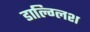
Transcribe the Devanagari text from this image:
डाल्ग्लिश